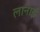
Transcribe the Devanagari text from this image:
लानाई